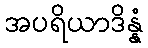
အပရိယာဒိန္နံ